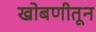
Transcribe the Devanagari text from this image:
खोबणीतून